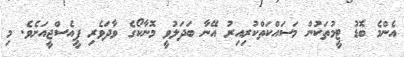
އެންމެ ބޮޑު ޓީމުތަކުން މަސައްކަތްކުރިއިރު އޭނާ ބަދަލުވީ މޮނާކޯގެ ވާދަވެރި ޕީއެސްޖީއަށެވެ. މި